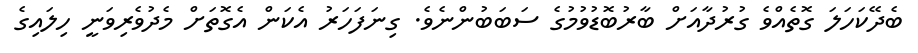
ބެދޭކަހަލަ ގޮތެއްވެ ގުރުދާއަށް ބާރުބޮޑުވުމުގެ ސަބަބުންނެވެ. ގިނަފަހަރު އެކަން އެގޮތަށް މެދުވެރިވަނީ ހިލައިގެ